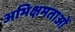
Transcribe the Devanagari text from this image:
अभिक्षमताओं